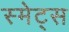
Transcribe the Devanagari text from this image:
स्मेट्स